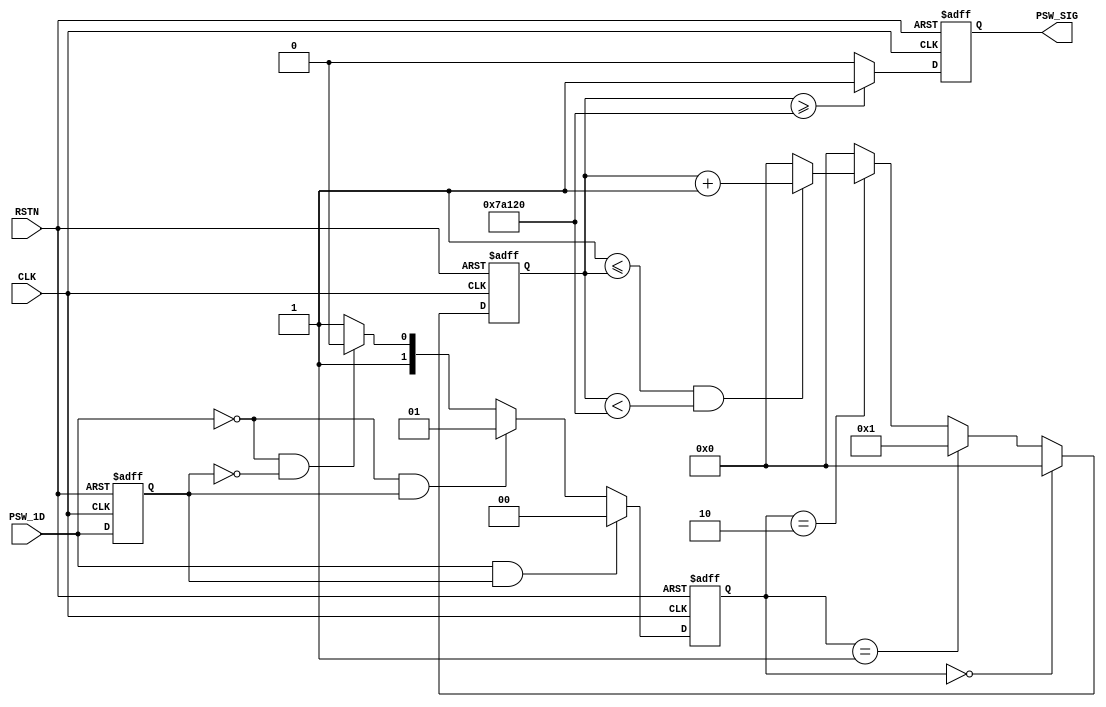
/*------------------------------------------------------------------------------
--      File Name = key_module.v                                              --
--                                                                            --
--      Design    = Key Module                                                --
--                                                                            --
--      Revision  = 1.0         Date: 2012.05.18                              --
-------------------------------------------------------------------------------*/

module key_module(
 		//input
		CLK, 
		RSTN,
		PSW_1D,

 		//output
		PSW_SIG
);

//------ input ----------------------------------------------------------------
input		CLK; 				// System Clock
input		RSTN;				// System Reset
input		PSW_1D;				// Push Switch 1 Delay

//------ output ---------------------------------------------------------------
output	PSW_SIG;			// Remove Chattering Signal(High pulse Signal)

//------ reg ------------------------------------------------------------------
reg		PSW_2D;				// Push Switch 2 Delay
reg	[1:0]		PSW_DIFF;	// Check Push Switch Change
reg	[18:0]	PSW_COUNT;	// 500,000 Clock Counter
reg	PSW_SIG;					// 

//---------------------------
// Delay Push Switch Signal
//---------------------------
	always@( posedge CLK or negedge RSTN) begin
		if( !RSTN )begin
    		PSW_2D <= 1'b0;
		end

		else begin
    		PSW_2D <= PSW_1D;
		end
	end

//---------------------------
// Check Push Switch Change
//---------------------------
	always@( posedge CLK or negedge RSTN) begin
		if( !RSTN )begin
	    	PSW_DIFF <= 2'd0;
		end

		else if(PSW_1D == 1 && PSW_2D == 1)begin
	    	PSW_DIFF <= 2'd0;
		end
	  	else if(PSW_1D == 0 && PSW_2D == 1)begin
	    	PSW_DIFF <= 2'd1;
		end
	  	else if(PSW_1D == 0 && PSW_2D == 0)begin
	    	PSW_DIFF <= 2'd2;
		end
	  	else begin
	    	PSW_DIFF <= 2'd3;
		end
	end

//---------------------------
//  Push Switch Counter
//---------------------------
	always@( posedge CLK or negedge RSTN) begin
		if( !RSTN )begin
	    	PSW_COUNT <= 19'd0;
		end

	  	else if( PSW_DIFF == 2'd0)begin
	    	PSW_COUNT <= 19'd0;
		end
	  	else if( PSW_DIFF == 2'd1)begin
	    	PSW_COUNT <= 19'd1;
		end
	  	else if( PSW_DIFF == 2'd2)begin
	    	if( 19'd1 <= PSW_COUNT && PSW_COUNT < 19'd500000 )begin
	      		PSW_COUNT <= PSW_COUNT + 19'd1;
			end
	    	else begin
	      		PSW_COUNT <= 19'd0;
			end
		end
		else begin
			PSW_COUNT <= 19'd0;
		end
	end

//---------------------------
// Output Switch High pulse
//---------------------------
	always@( posedge CLK or negedge RSTN) begin
	  	if( RSTN == 1'b0 )begin
	    	PSW_SIG <= 1'b0;
		end
	  	else if( PSW_COUNT >= 19'd500000 )begin
	    	PSW_SIG = 1'b1;
		end
	  	else begin
	    	PSW_SIG = 1'b0;
		end
	end

endmodule